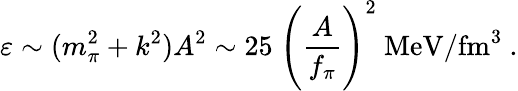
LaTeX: \varepsilon\sim(m_{\pi}^{2}+k^{2})A^{2}\sim 25\ \Biggl(\frac{A}{f_{\pi}}\Biggr)^{2}~\mathrm{MeV}/\mathrm{fm}^{3}\ .